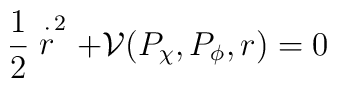
\frac{1}{2}\stackrel{\cdot }{r}^{2}+{\cal V}(P_{\chi },P_{\phi },r)=0